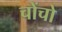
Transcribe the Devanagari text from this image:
चोंचो